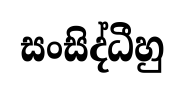
සංසිද්ධීහු